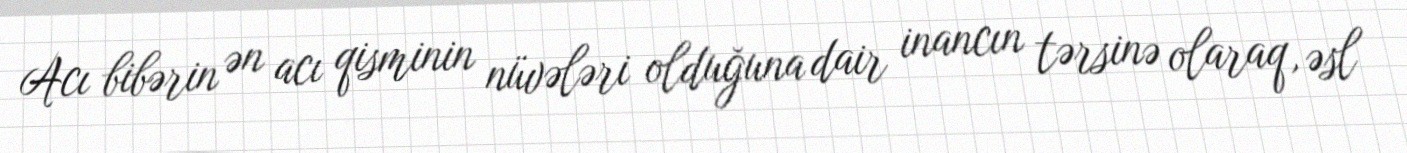
Acı bibərin ən acı qisminin nüvələri olduğuna dair inancın tərsinə olaraq, əsl